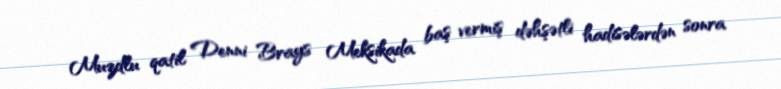
Muzdlu qatil Denni Brays Meksikada baş vermiş dəhşətli hadisələrdən sonra